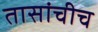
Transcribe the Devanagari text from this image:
तासांचीच